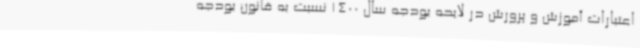
اعتبارات آموزش و پرورش در لایحه بودجه سال 1400 نسبت به قانون بودجه